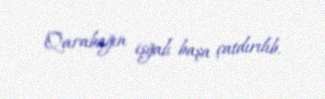
Qarabağın işğalı başa çatdırılıb.